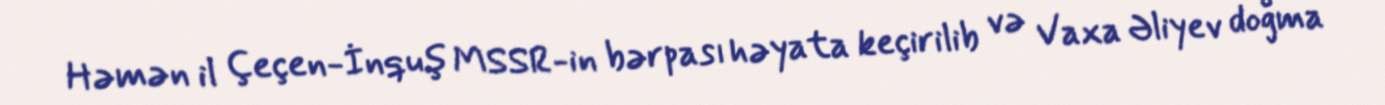
Həmən il Çeçen-İnquş MSSR-in bərpası həyata keçirilib və Vaxa Əliyev doğma